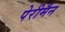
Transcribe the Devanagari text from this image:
पेरीमैन